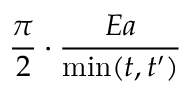
\frac { \pi } { 2 } \cdot \frac { E a } { \operatorname* { m i n } ( t , t ^ { \prime } ) }